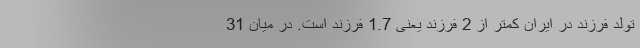
تولد فرزند در ایران کمتر از 2 فرزند یعنی 1.7 فرزند است. در میان 31